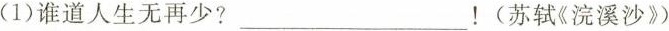
(1)谁道人生无再少? ___！(苏轼《浣溪沙》)